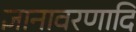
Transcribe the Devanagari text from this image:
ज्ञानावरणादि